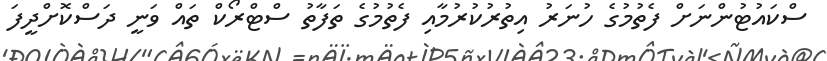
ސްކައުޓުންނަށް ފެތުމުގެ ހުނަރު އިތުރުކުރުމާއި ފެތުމުގެ ތަފާތު ސްޓްރޯކް ތައް ވަނީ ދަސްކޮށްދީފަ